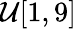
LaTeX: \mathcal{U}[1,9]